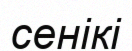
сенікі